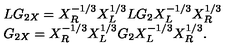
\begin{array} { l } { L G _ { 2 X } = X _ { R } ^ { - 1 / 3 } X _ { L } ^ { 1 / 3 } L G _ { 2 } X _ { L } ^ { - 1 / 3 } X _ { R } ^ { 1 / 3 } } \\ { G _ { 2 X } = X _ { R } ^ { - 1 / 3 } X _ { L } ^ { 1 / 3 } G _ { 2 } X _ { L } ^ { - 1 / 3 } X _ { R } ^ { 1 / 3 } . } \\ \end{array}